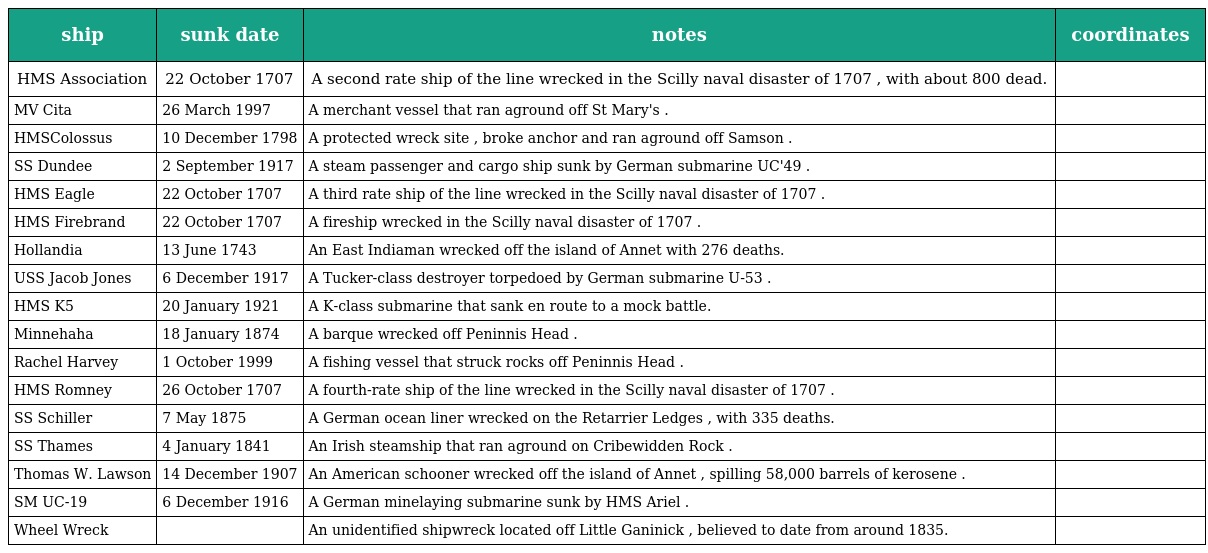
| ship | sunk date | notes | coordinates |
 | --- | --- | --- | --- |
 | HMS Association | 22 October 1707 | A second rate ship of the line wrecked in the Scilly naval disaster of 1707 , with about 800 dead. |  |
 | MV Cita | 26 March 1997 | A merchant vessel that ran aground off St Mary's . |  |
 | HMSColossus | 10 December 1798 | A protected wreck site , broke anchor and ran aground off Samson . |  |
 | SS Dundee | 2 September 1917 | A steam passenger and cargo ship sunk by German submarine UC'49 . |  |
 | HMS Eagle | 22 October 1707 | A third rate ship of the line wrecked in the Scilly naval disaster of 1707 . |  |
 | HMS Firebrand | 22 October 1707 | A fireship wrecked in the Scilly naval disaster of 1707 . |  |
 | Hollandia | 13 June 1743 | An East Indiaman wrecked off the island of Annet with 276 deaths. |  |
 | USS Jacob Jones | 6 December 1917 | A Tucker-class destroyer torpedoed by German submarine U-53 . |  |
 | HMS K5 | 20 January 1921 | A K-class submarine that sank en route to a mock battle. |  |
 | Minnehaha | 18 January 1874 | A barque wrecked off Peninnis Head . |  |
 | Rachel Harvey | 1 October 1999 | A fishing vessel that struck rocks off Peninnis Head . |  |
 | HMS Romney | 26 October 1707 | A fourth-rate ship of the line wrecked in the Scilly naval disaster of 1707 . |  |
 | SS Schiller | 7 May 1875 | A German ocean liner wrecked on the Retarrier Ledges , with 335 deaths. |  |
 | SS Thames | 4 January 1841 | An Irish steamship that ran aground on Cribewidden Rock . |  |
 | Thomas W. Lawson | 14 December 1907 | An American schooner wrecked off the island of Annet , spilling 58,000 barrels of kerosene . |  |
 | SM UC-19 | 6 December 1916 | A German minelaying submarine sunk by HMS Ariel . |  |
 | Wheel Wreck |  | An unidentified shipwreck located off Little Ganinick , believed to date from around 1835. |  |